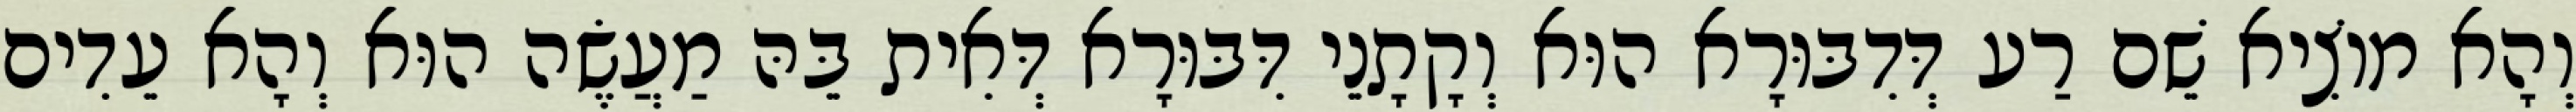
וְהָא מוֹצִיא שֵׁם רַע דְּדִבּוּרָא הוּא וְקָתָנֵי דִּבּוּרָא דְּאִית בֵּהּ מַעֲשֶׂה הוּא וְהָא עֵדִים